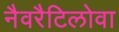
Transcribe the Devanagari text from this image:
नैवरैटिलोवा